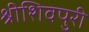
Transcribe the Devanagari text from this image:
श्रीशिवपुरी